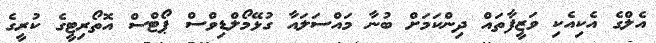
އެލްގެ އެކިއެކި ވަޒީފާތައް ދިންކަމަށް ބުނާ މައްސަލައާ ގުޅޭމޯލްޑިވްސް ޕޯޓްސް އޮތޯރިޓީގެ ކުރީގެ